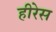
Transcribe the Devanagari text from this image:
हीरेस